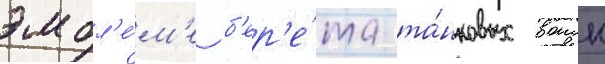
эмбл'е́м'е б'ер'е́та та́нковых воиск